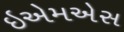
ઇએમએસ